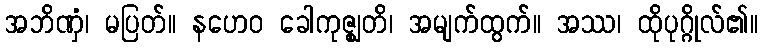
အဘိဏှံ၊ မပြတ်။ နဟေဝ ခေါကုဇ္ဈတိ၊ အမျက်ထွက်။ အဿ၊ ထိုပုဂ္ဂိုလ်၏။